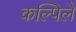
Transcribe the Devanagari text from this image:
कल्पिलें